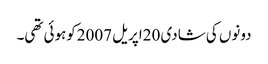
دونوں کی شادی 20اپریل 2007کوہوئی تھی۔